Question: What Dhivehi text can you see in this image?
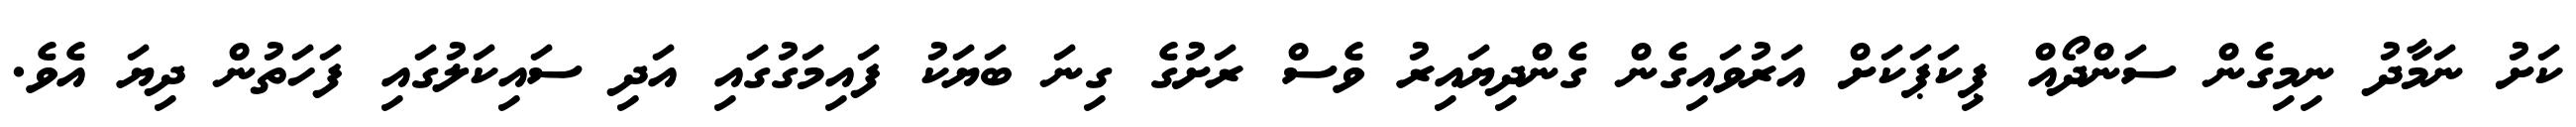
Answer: ކަށު ނަމާދު ނިމިގެން ސަންދޯއް ޕިކަޕަކަށް އަރުވައިގެން ގެންދިޔައިރު ވެސް ރަށުގެ ގިނަ ބަޔަކު ފައިމަގުގައި އަދި ސައިކަލުގައި ފަހަތުން ދިޔަ އެވެ.